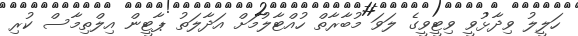
ހަލީލު ވިދާޅުވީ ވިޓީވީގެ ލަވަ މުބާރާތް ހުއްޓާލުމަށް އަދާލަތު ޕާޓީން އިލްތިމާސް ކުރި